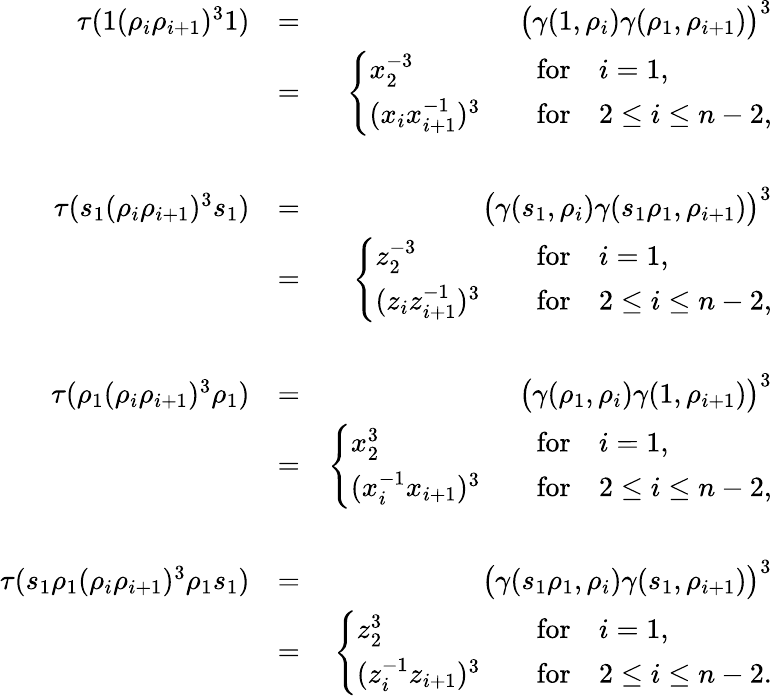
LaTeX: \begin{array}{rlr}{\tau(1(\rho_{i}\rho_{i+1})^{3}1)}&{=}&{\big(\gamma(1,\rho_{i})\gamma(\rho_{1},\rho_{i+1})\big)^{3}}\\ &{=}&{\left\{ \begin{array}{ll}{x_{2}^{-3}}&{\quad\textrm{for}\quad i=1,}\\ {(x_{i}x_{i+1}^{-1})^{3}}&{\quad\textrm{for}\quad 2\leq i\leq n-2,}\end{array}\right.}\\ &{}&\\ {\tau(s_{1}(\rho_{i}\rho_{i+1})^{3}s_{1})}&{=}&{\big(\gamma(s_{1},\rho_{i})\gamma(s_{1}\rho_{1},\rho_{i+1})\big)^{3}}\\ &{=}&{\left\{ \begin{array}{ll}{z_{2}^{-3}}&{\quad\textrm{for}\quad i=1,}\\ {(z_{i}z_{i+1}^{-1})^{3}}&{\quad\textrm{for}\quad 2\leq i\leq n-2,}\end{array}\right.}\\ &{}&\\ {\tau(\rho_{1}(\rho_{i}\rho_{i+1})^{3}\rho_{1})}&{=}&{\big(\gamma(\rho_{1},\rho_{i})\gamma(1,\rho_{i+1})\big)^{3}}\\ &{=}&{\left\{ \begin{array}{ll}{x_{2}^{3}}&{\quad\textrm{for}\quad i=1,}\\ {(x_{i}^{-1}x_{i+1})^{3}}&{\quad\textrm{for}\quad 2\leq i\leq n-2,}\end{array}\right.}\\ &{}&\\ {\tau(s_{1}\rho_{1}(\rho_{i}\rho_{i+1})^{3}\rho_{1}s_{1})}&{=}&{\big(\gamma(s_{1}\rho_{1},\rho_{i})\gamma(s_{1},\rho_{i+1})\big)^{3}}\\ &{=}&{\left\{ \begin{array}{ll}{z_{2}^{3}}&{\quad\textrm{for}\quad i=1,}\\ {(z_{i}^{-1}z_{i+1})^{3}}&{\quad\textrm{for}\quad 2\leq i\leq n-2.}\end{array}\right.}\end{array}